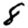
Digit: 8